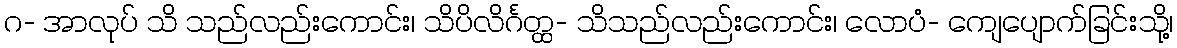
ဂ- အာလုပ် သိ သည်လည်းကောင်း၊ သိပိလိင်္ဂတ္ထ- သိသည်လည်းကောင်း၊ လောပံ- ကျေပျောက်ခြင်းသို့၊